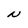
Character: N